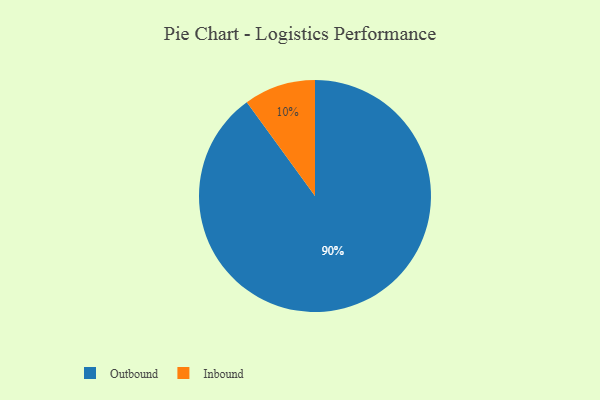
{"axis": {"x": "Category", "y": "Percentage"}, "legend": ["Inbound", "Outbound"], "data": [{"x": "Inbound", "y": 10, "type": "Inbound"}, {"x": "Outbound", "y": 90, "type": "Outbound"}]}